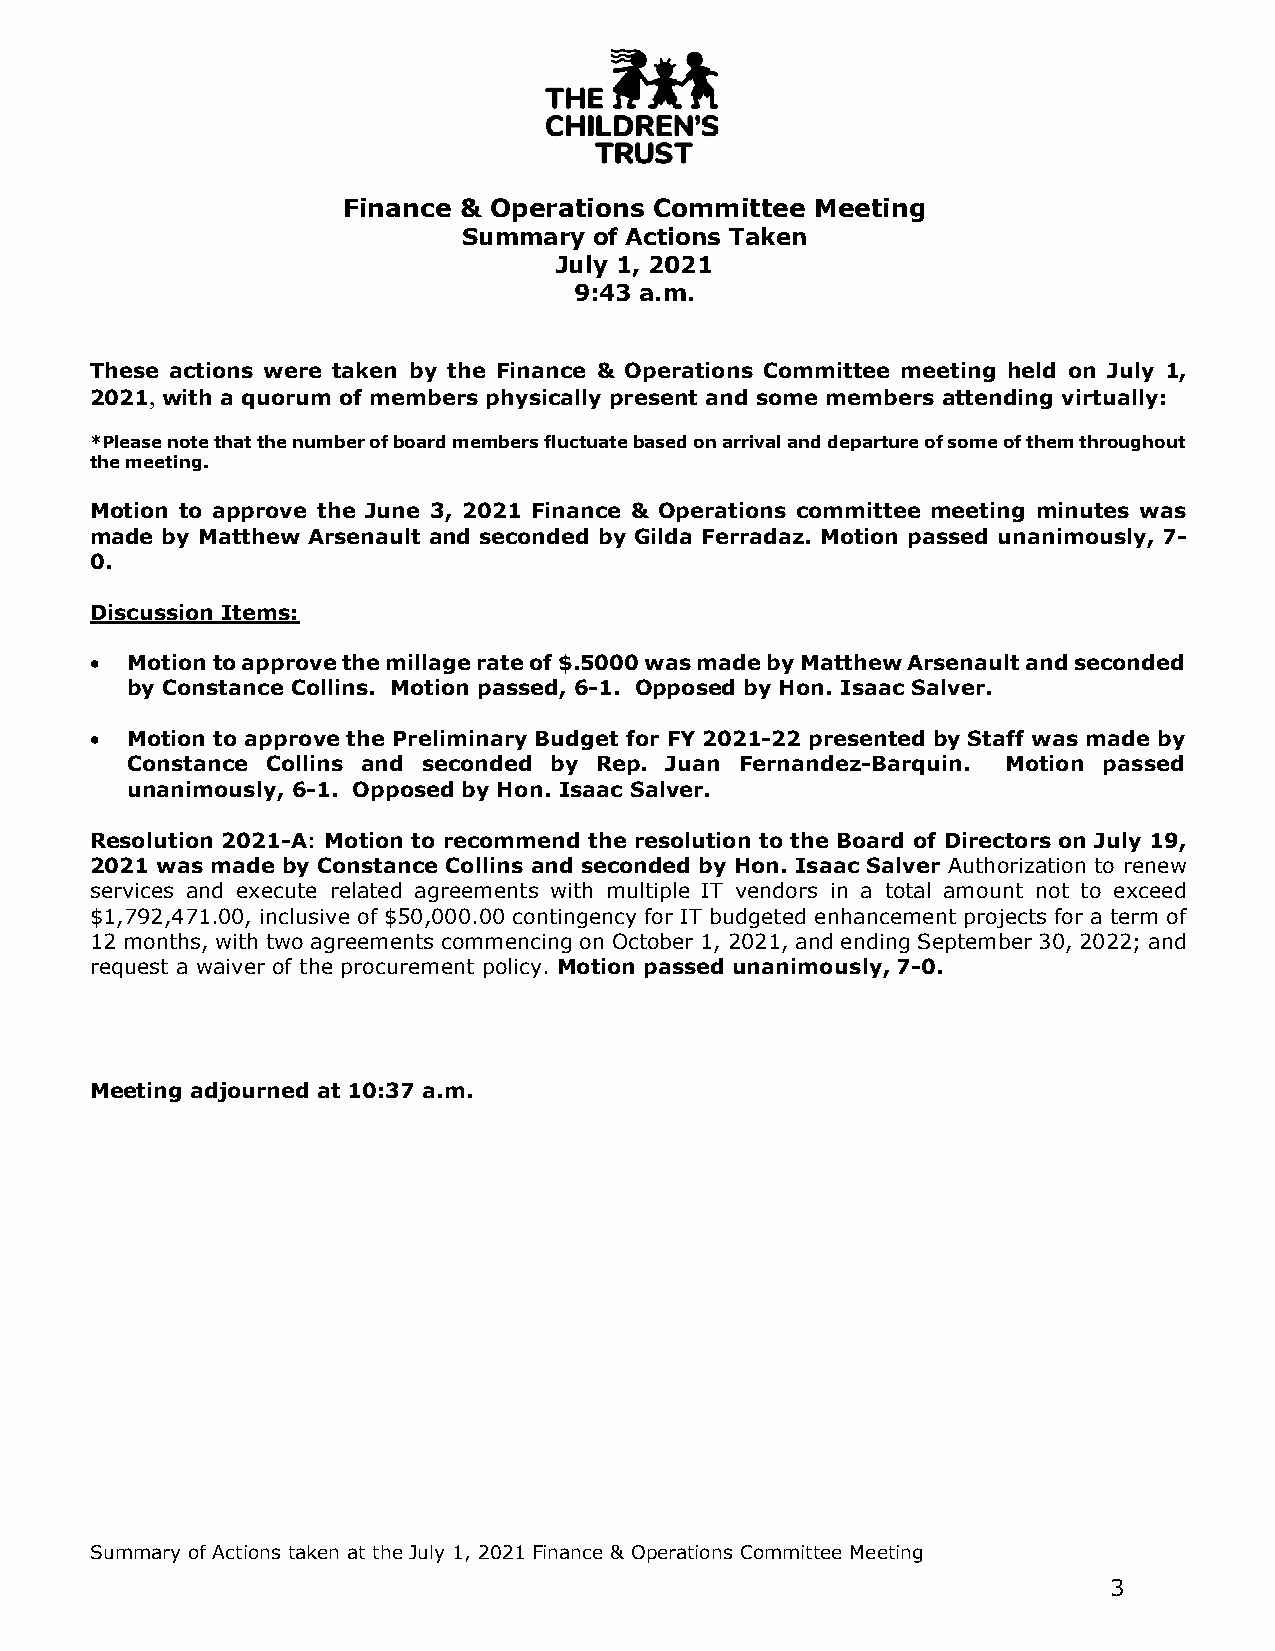
Finance & Operations Committee Meeting
 Summary of Actions Taken
 July 1, 2021
 9:43 a.m.
 These actions were taken by the Finance & Operations Committee meeting held on July 1,
 2021, with a quorum of members physically present and some members attending virtually:
 *Please note that the number of board members fluctuate based on arrival and departure of some of them throughout
 the meeting.
 Motion to approve the June 3, 2021 Finance & Operations committee meeting minutes was
 made by Matthew Arsenault and seconded by Gilda Ferradaz. Motion passed unanimously, 7-
 0.
 Discussion Items:
 • Motion to approve the millage rate of $.5000 was made by Matthew Arsenault and seconded
 by Constance Collins. Motion passed, 6-1. Opposed by Hon. Isaac Salver.
 • Motion to approve the Preliminary Budget for FY 2021-22 presented by Staff was made by
 Constance Collins and seconded by Rep. Juan Fernandez-Barquin. Motion passed
 unanimously, 6-1. Opposed by Hon. Isaac Salver.
 Resolution 2021-A: Motion to recommend the resolution to the Board of Directors on July 19,
 2021 was made by Constance Collins and seconded by Hon. Isaac Salver Authorization to renew
 services and execute related agreements with multiple IT vendors in a total amount not to exceed
 $1,792,471.00, inclusive of $50,000.00 contingency for IT budgeted enhancement projects for a term of
 12 months, with two agreements commencing on October 1, 2021, and ending September 30, 2022; and
 request a waiver of the procurement policy. Motion passed unanimously, 7-0.
 Meeting adjourned at 10:37 a.m.
 Summary of Actions taken at the July 1, 2021 Finance & Operations Committee Meeting
 3